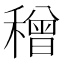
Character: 𥢥